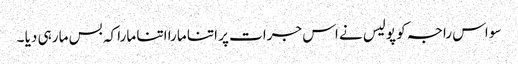
سو اس راجہ کو پولیس نے اس جرات پر اتنا مارا اتنا مارا کہ بس مار ہی دیا ۔